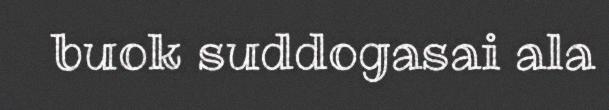
buok suddogasai ala